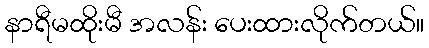
နာရီမထိုးမီ အလန်း ပေးထားလိုက်တယ်။